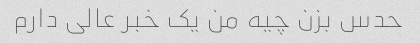
حدس بزن چیه من یک خبر عالی دارم